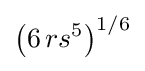
\left(6\,rs^{5}\right)^{1/6}